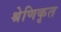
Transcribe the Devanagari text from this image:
श्रेणिकृत